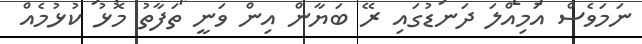
ނަމަވެސް އަމިއްލަ ދަނޑުގައި ރޭ ބަޔާން އިން ވަނީ ތަފާތު މޮޅު ކުޅުމެއް